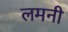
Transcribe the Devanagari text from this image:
लमनी